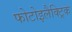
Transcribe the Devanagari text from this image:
फोटोइलैक्ट्रिक